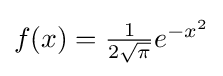
{\textstyle f(x)={\frac {1}{2{\sqrt {\pi }}}}e^{-{x^{2}}}}